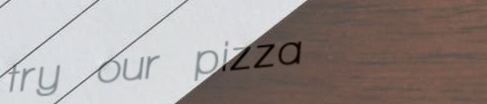
try our pizza